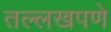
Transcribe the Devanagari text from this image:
तल्लखपणे